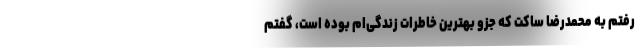
رفتم به محمدرضا ساکت که جزو بهترین خاطرات زندگی‌ام بوده است، گفتم